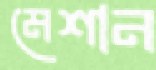
মেশান